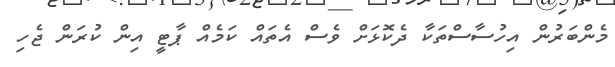
މެންބަރުން އިހުސާސްތަކާ ދެކޮޅަށް ވެސް އެތައް ކަމެއް ޕާޓީ އިން ކުރަން ޖެހި